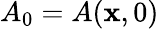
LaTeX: A_{0}=A(\mathbf{x},0)